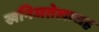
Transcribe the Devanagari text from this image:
खनिजतेलासह